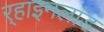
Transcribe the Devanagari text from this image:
र्‍हाइनलांड